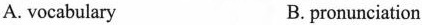
A. vocabulary B. pronunciation